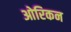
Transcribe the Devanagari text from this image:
ओरिकन